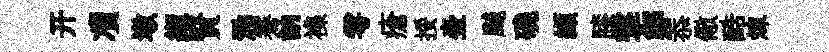
开凟墩縆賢泐騫訥襍雩瘡挼壺飇磽纈膝撃鄭忝儆酷煉